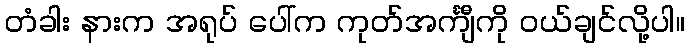
တံခါး နားက အရုပ် ပေါ်က ကုတ်အင်္ကျီကို ဝယ်ချင်လို့ပါ။